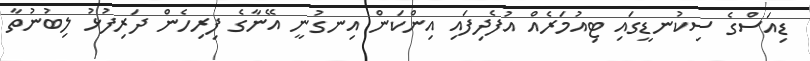
ޑިއަސްގެ ސިކުނޑީގައި ޓިއުމަރެއް އުފެދިފައި އިންކަން އިނގުނީ އޭނާގެ ފިރިހެން ދަރިފުޅު ލިބުނުތާ